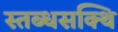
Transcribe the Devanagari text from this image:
स्तब्धसक्थि